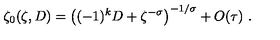
\zeta _ { 0 } ( \zeta , D ) = \left( ( - 1 ) ^ { k } D + \zeta ^ { - \sigma } \right) ^ { - 1 / \sigma } + O ( \tau ) \ .